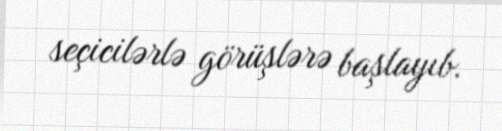
seçicilərlə görüşlərə başlayıb.